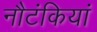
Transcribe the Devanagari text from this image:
नौटंकियां